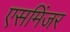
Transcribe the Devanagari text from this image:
एसमिंजर